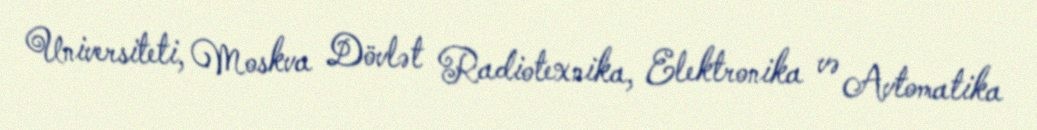
Universiteti, Moskva Dövlət Radiotexnika, Elektronika və Avtomatika